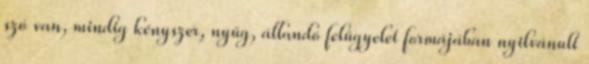
szó van, mindig kényszer, nyűg, állandó felügyelet formájában nyilvánult